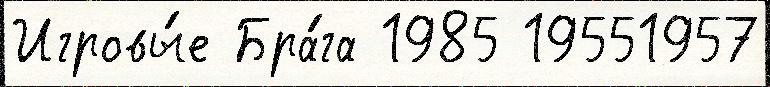
Игровы́е Бра́га 1985 19551957